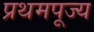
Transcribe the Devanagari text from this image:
प्रथमपूज्य